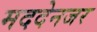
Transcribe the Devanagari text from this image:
मददेनजर